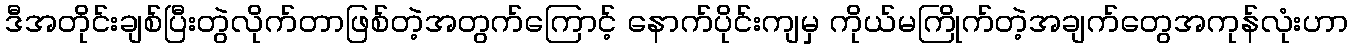
ဒီအတိုင်းချစ်ပြီးတွဲလိုက်တာဖြစ်တဲ့အတွက်ကြောင့် နောက်ပိုင်းကျမှ ကိုယ်မကြိုက်တဲ့အချက်တွေအကုန်လုံးဟာ